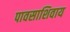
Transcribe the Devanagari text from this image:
पावसाशिवाय